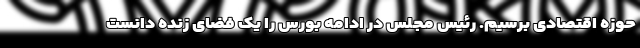
حوزه اقتصادی برسیم. رئیس مجلس در ادامه بورس را یک فضای زنده دانست